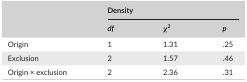
| <ROWSPAN=2>  | <COLSPAN=3> Density |
 | df | χ2 | p |
 | --- | --- | --- | --- |
 | Origin | 1 | 1.31 | .25 |
 | Exclusion | 2 | 1.57 | .46 |
 | Origin × exclusion | 2 | 2.36 | .31 |